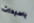
ياسيدات